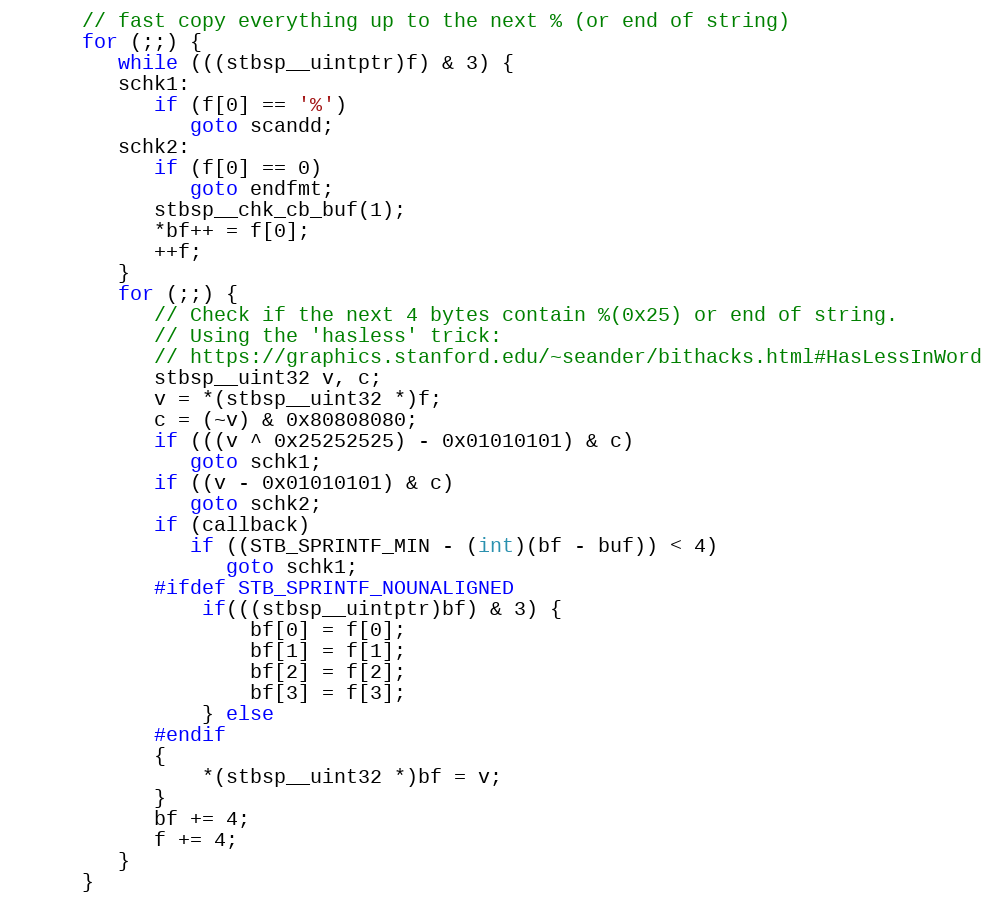
Language: C
      // fast copy everything up to the next % (or end of string)
      for (;;) {
         while (((stbsp__uintptr)f) & 3) {
         schk1:
            if (f[0] == '%')
               goto scandd;
         schk2:
            if (f[0] == 0)
               goto endfmt;
            stbsp__chk_cb_buf(1);
            *bf++ = f[0];
            ++f;
         }
         for (;;) {
            // Check if the next 4 bytes contain %(0x25) or end of string.
            // Using the 'hasless' trick:
            // https://graphics.stanford.edu/~seander/bithacks.html#HasLessInWord
            stbsp__uint32 v, c;
            v = *(stbsp__uint32 *)f;
            c = (~v) & 0x80808080;
            if (((v ^ 0x25252525) - 0x01010101) & c)
               goto schk1;
            if ((v - 0x01010101) & c)
               goto schk2;
            if (callback)
               if ((STB_SPRINTF_MIN - (int)(bf - buf)) < 4)
                  goto schk1;
            #ifdef STB_SPRINTF_NOUNALIGNED
                if(((stbsp__uintptr)bf) & 3) {
                    bf[0] = f[0];
                    bf[1] = f[1];
                    bf[2] = f[2];
                    bf[3] = f[3];
                } else
            #endif
            {
                *(stbsp__uint32 *)bf = v;
            }
            bf += 4;
            f += 4;
         }
      }